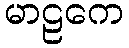
မာဠကေ